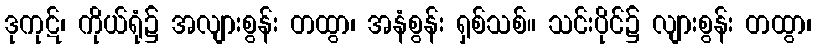
ဒုကုဋ်၊ ကိုယ်ရုံ၌ အလျားစွန်း တထွာ၊ အနံစွန်း ရှစ်သစ်။ သင်းပိုင်၌ လျားစွန်း တထွာ၊